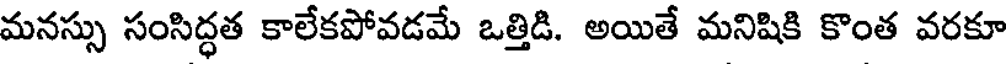
మనస్సు సంసిద్ధత కాలేకపోవడమే ఒత్తిడి. అయితే మనిషికి కొంత వరకూ